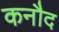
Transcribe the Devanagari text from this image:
कनौद